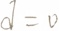
d = 0